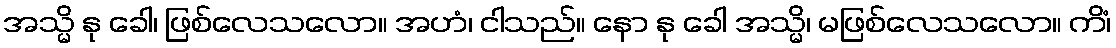
အသ္မိ နု ခေါ၊ ဖြစ်လေသလော။ အဟံ၊ ငါသည်။ နော နု ခေါ အသ္မိ၊ မဖြစ်လေသလော။ ကိံ၊